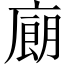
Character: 𰐁